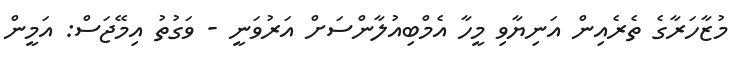
މުޒާހަރާގެ ތެރެއިން އަނިޔާވި މީހާ އެމްބިއުލާންސަށް އަރުވަނީ - ވަގުތު އިމޭޖަސް: އަމީން